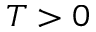
T > 0